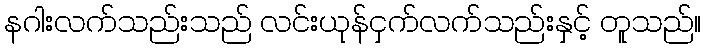
နဂါးလက်သည်းသည် လင်းယုန်ငှက်လက်သည်းနှင့် တူသည်။